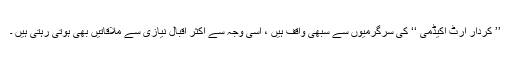
’’ کردار آرٹ اکیڈمی ‘‘ کی سرگرمیوں سے سبھی واقف ہیں ، اسی وجہ سے اکثر اقبال نیازی سے ملاقاتیں بھی ہوتی رہتی ہیں ۔